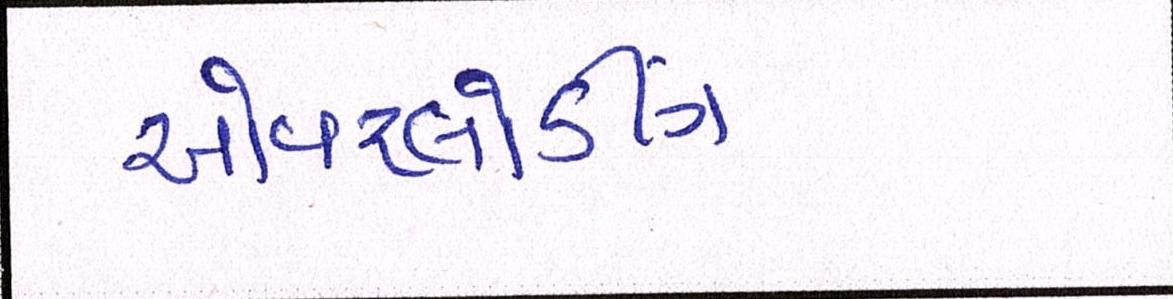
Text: ઓવરલોડીંગ